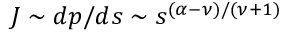
J \sim d p / d s \sim s ^ { ( \alpha - \nu ) / ( \nu + 1 ) }